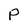
Character: P